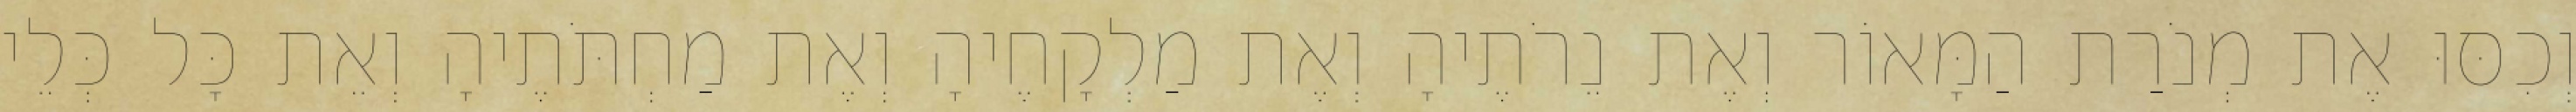
וְכִסּוּ אֶת מְנֹרַת הַמָּאוֹר וְאֶת נֵרֹתֶיהָ וְאֶת מַלְקָחֶיהָ וְאֶת מַחְתֹּתֶיהָ וְאֵת כָּל כְּלֵי